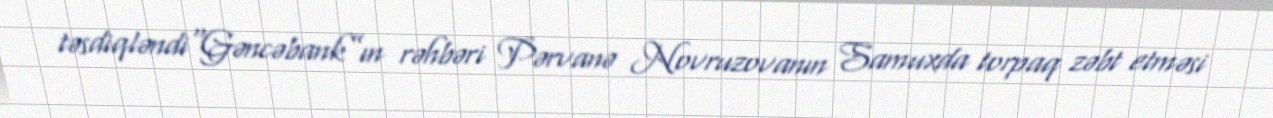
təsdiqləndi“Gəncəbank”ın rəhbəri Pərvanə Novruzovanın Samuxda torpaq zəbt etməsi